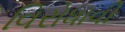
વિરોધાવી